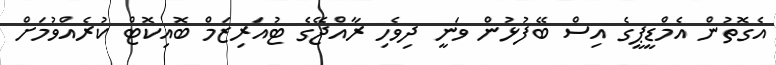
އެގޮތުން އެމްޑީޕީގެ އިސް ބޭފުޅުން ވަނީ ދިވެހި ރާއްޖޭގެ ޓުއަރިޒަމް ބޮއިކޮޓް ކުރެއްވުމަށް